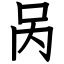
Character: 呙